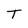
Character: T